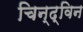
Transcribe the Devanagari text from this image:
चिन्द्विन